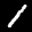
Label: 1